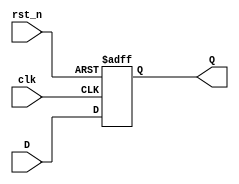
module register32 #(
  parameter N = 32
  )
  (
    output reg [N-1:0] Q,
    input [N-1:0] D,
    input clk,
    input rst_n
    );
    
    
    always @(posedge clk or negedge rst_n)
      if (!rst_n)
        Q <= 32'd0;
      else
        Q <= D;    
        
endmodule